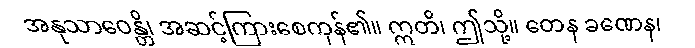
အနုသာဝေန္တိ၊ အဆင့်ကြားစေကုန်၏။ ဣတိ၊ ဤသို့။ တေန ခဏေန၊